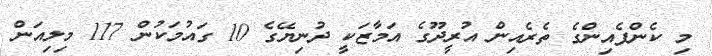
މި ކެންޕެއިންގެ ތެރެއިން އުރީދޫގެ އަމާޒަކީ ދުނިޔޭގެ 10 ގައުމަކުން 117 މިލިއަން